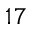
1 7